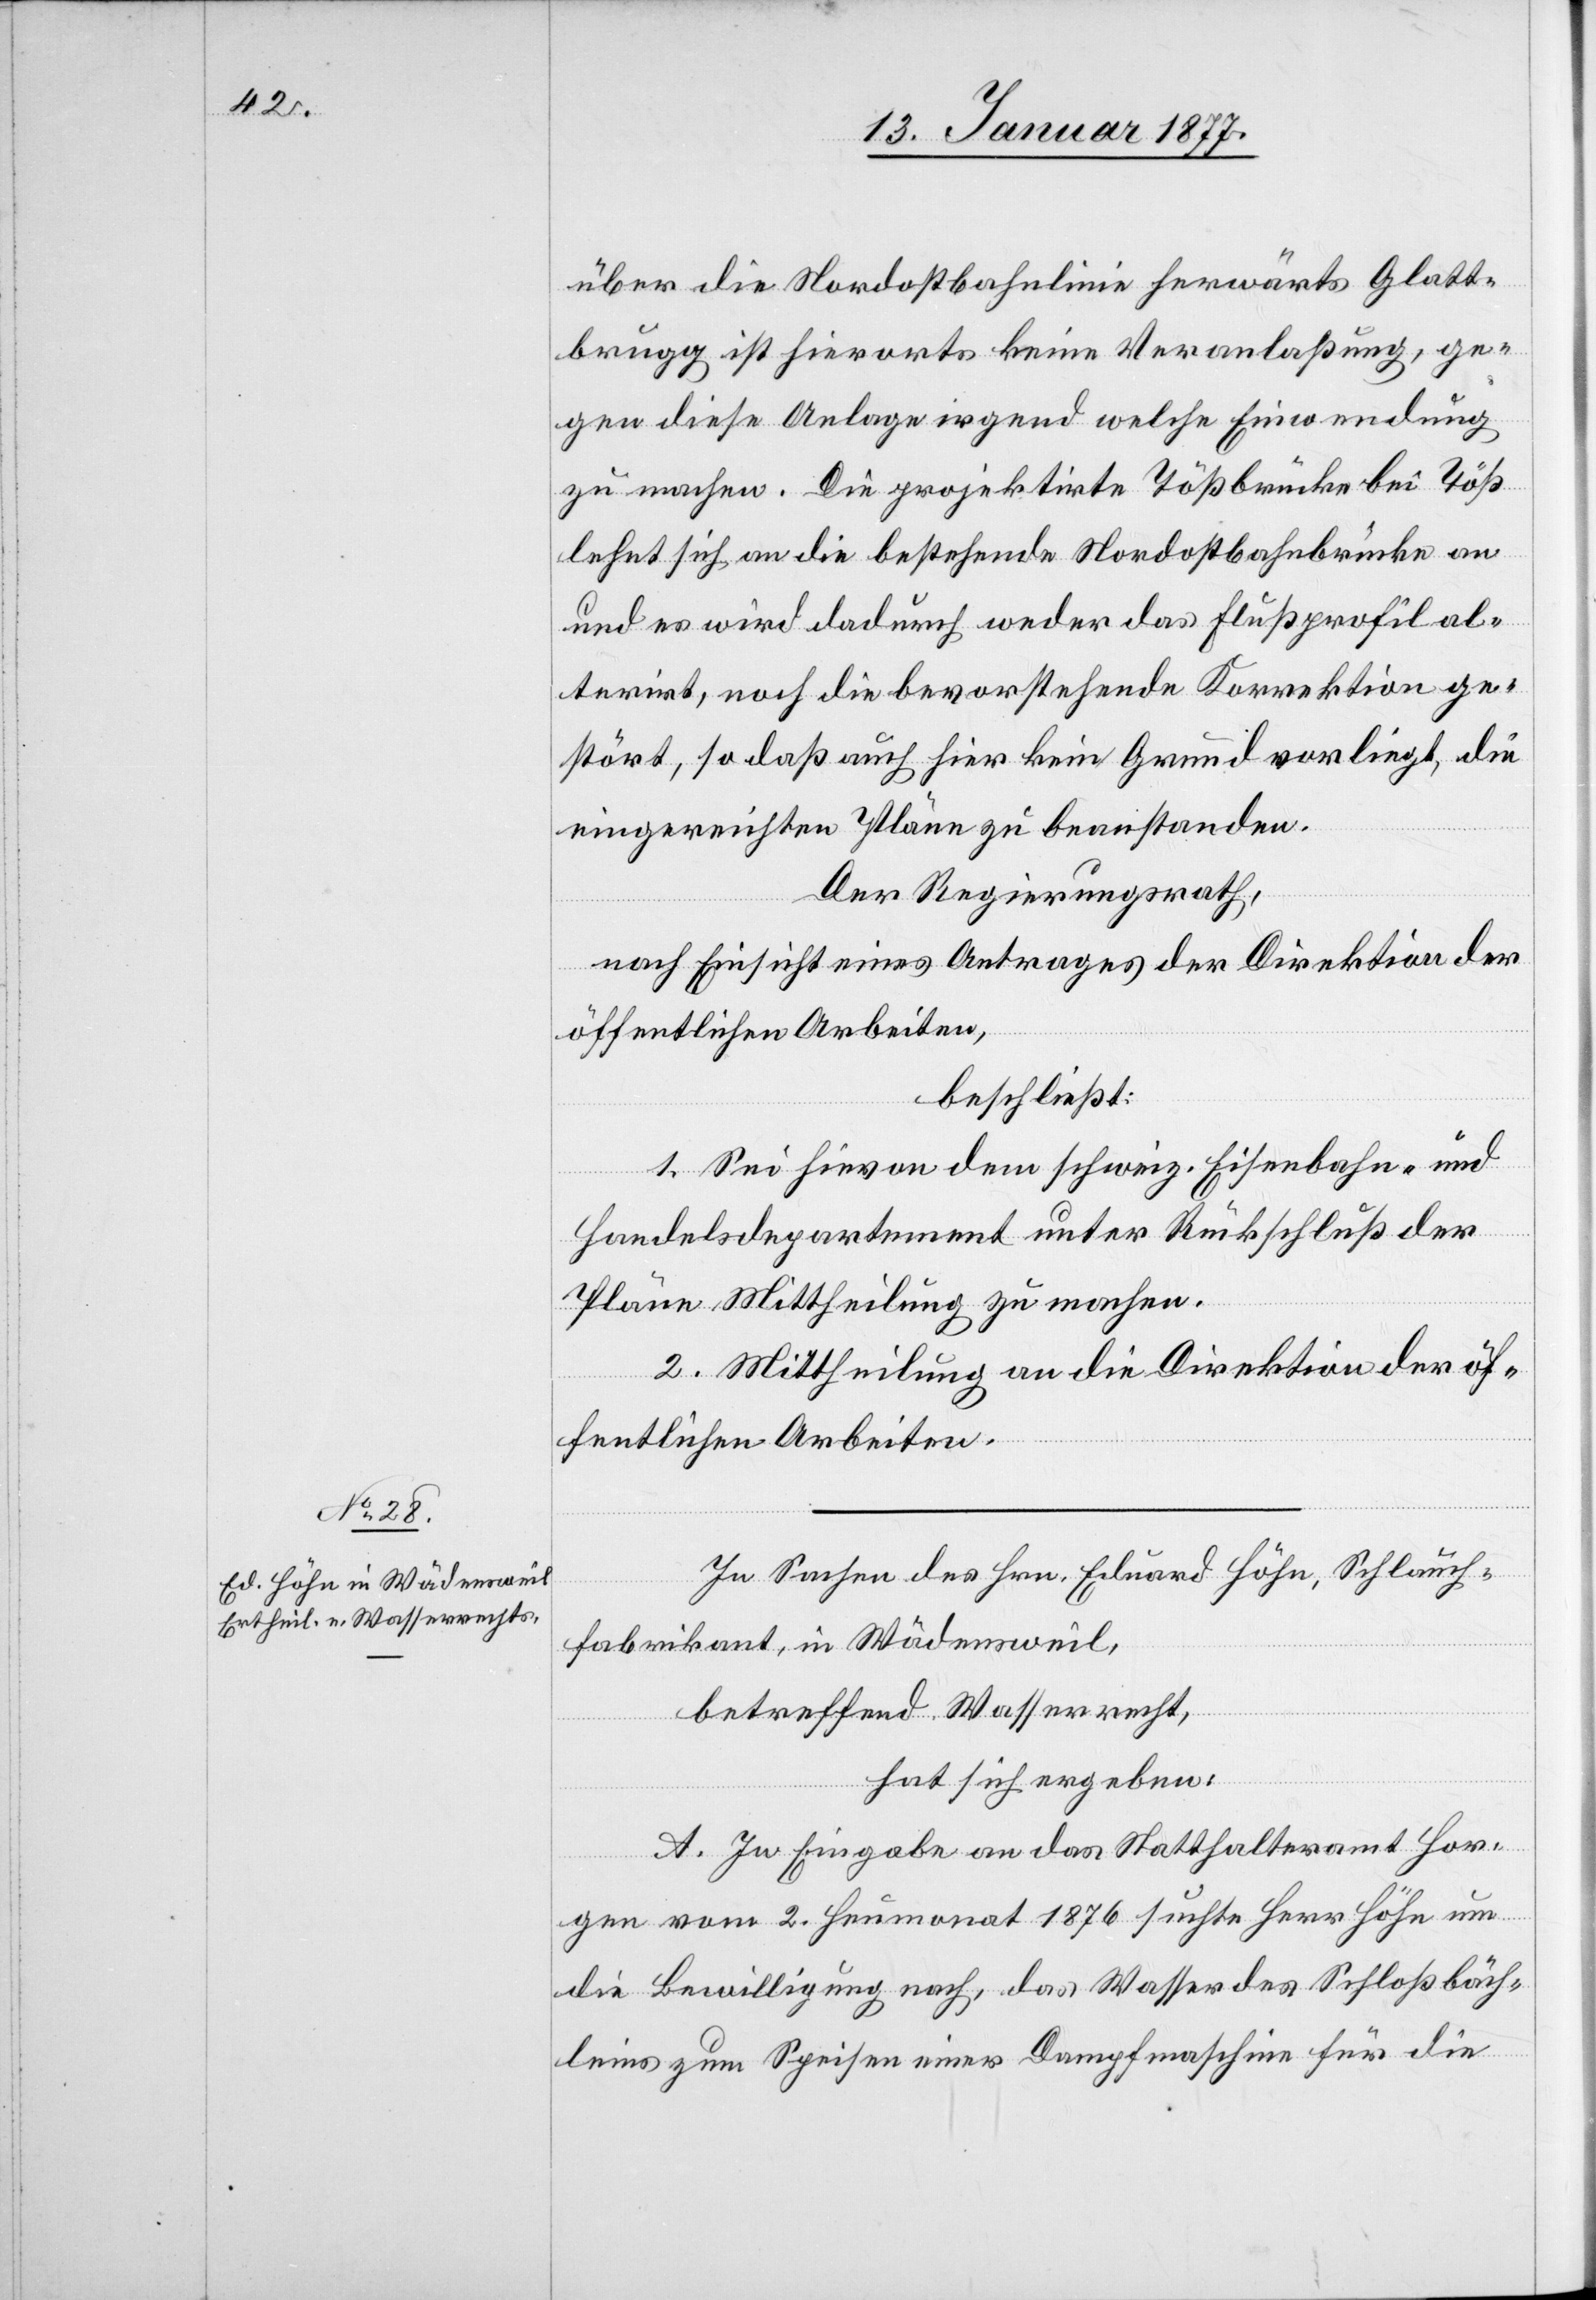
über die Nordostbahnlinie herwärts Glatt¬
brugg ist hierorts keine Veranlaßung, ge¬
gen diese Anlage irgend welche Einwendung
zu machen. Die projektirte Tößbrücke bei Töß
lehnt sich an die bestehende Nordostbahnbrücke an
und es wird dadurch weder das Flußprofil al¬
terirt, noch die bevorstehende Korrektion ge¬
stört, so daß auch hier kein Grund vorliegt, die
eingereichten Pläne zu beanstanden.
Der Regierungsrath,
nach Einsicht eines Antrages der Direktion der
öffentlichen Arbeiten,
beschließt:
1. Sei hievon dem schweiz. Eisenbahn- und
Handelsdepartement unter Rückschluß der
Pläne Mittheilung zu machen.
2. Mittheilung an die Direktion der öf¬
fentlichen Arbeiten.
In Sachen des Hrn. Eduard Höhn, Schlauch¬
fabrikant, in Wädensweil,
betreffend Wasserrecht,
hat sich ergeben:
A. In Eingabe an das Statthalteramt Hor¬
gen vom 2. Heumonat 1876 suchte Herr Höhn um
die Bewilligung nach, das Wasser des Schloßbäch¬
leins zum Speisen einer Dampfmaschine für die